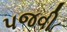
પજવી